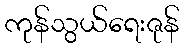
ကုန်သွယ်ရေးဇုန်